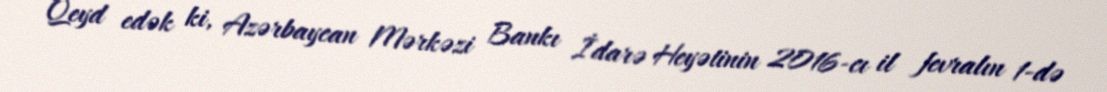
Qeyd edək ki, Azərbaycan Mərkəzi Bankı İdarə Heyətinin 2016-cı il fevralın 1-də